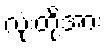
လုံးတို့အား